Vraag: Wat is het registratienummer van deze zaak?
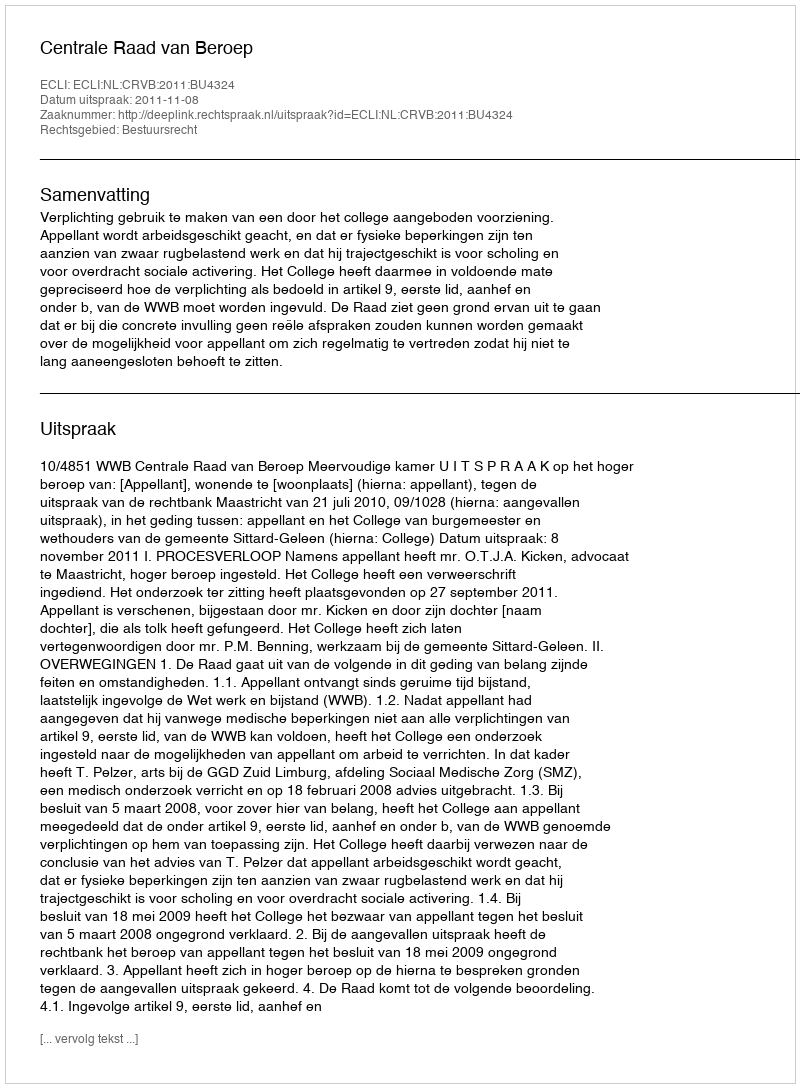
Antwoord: http://deeplink.rechtspraak.nl/uitspraak?id=ECLI:NL:CRVB:2011:BU4324